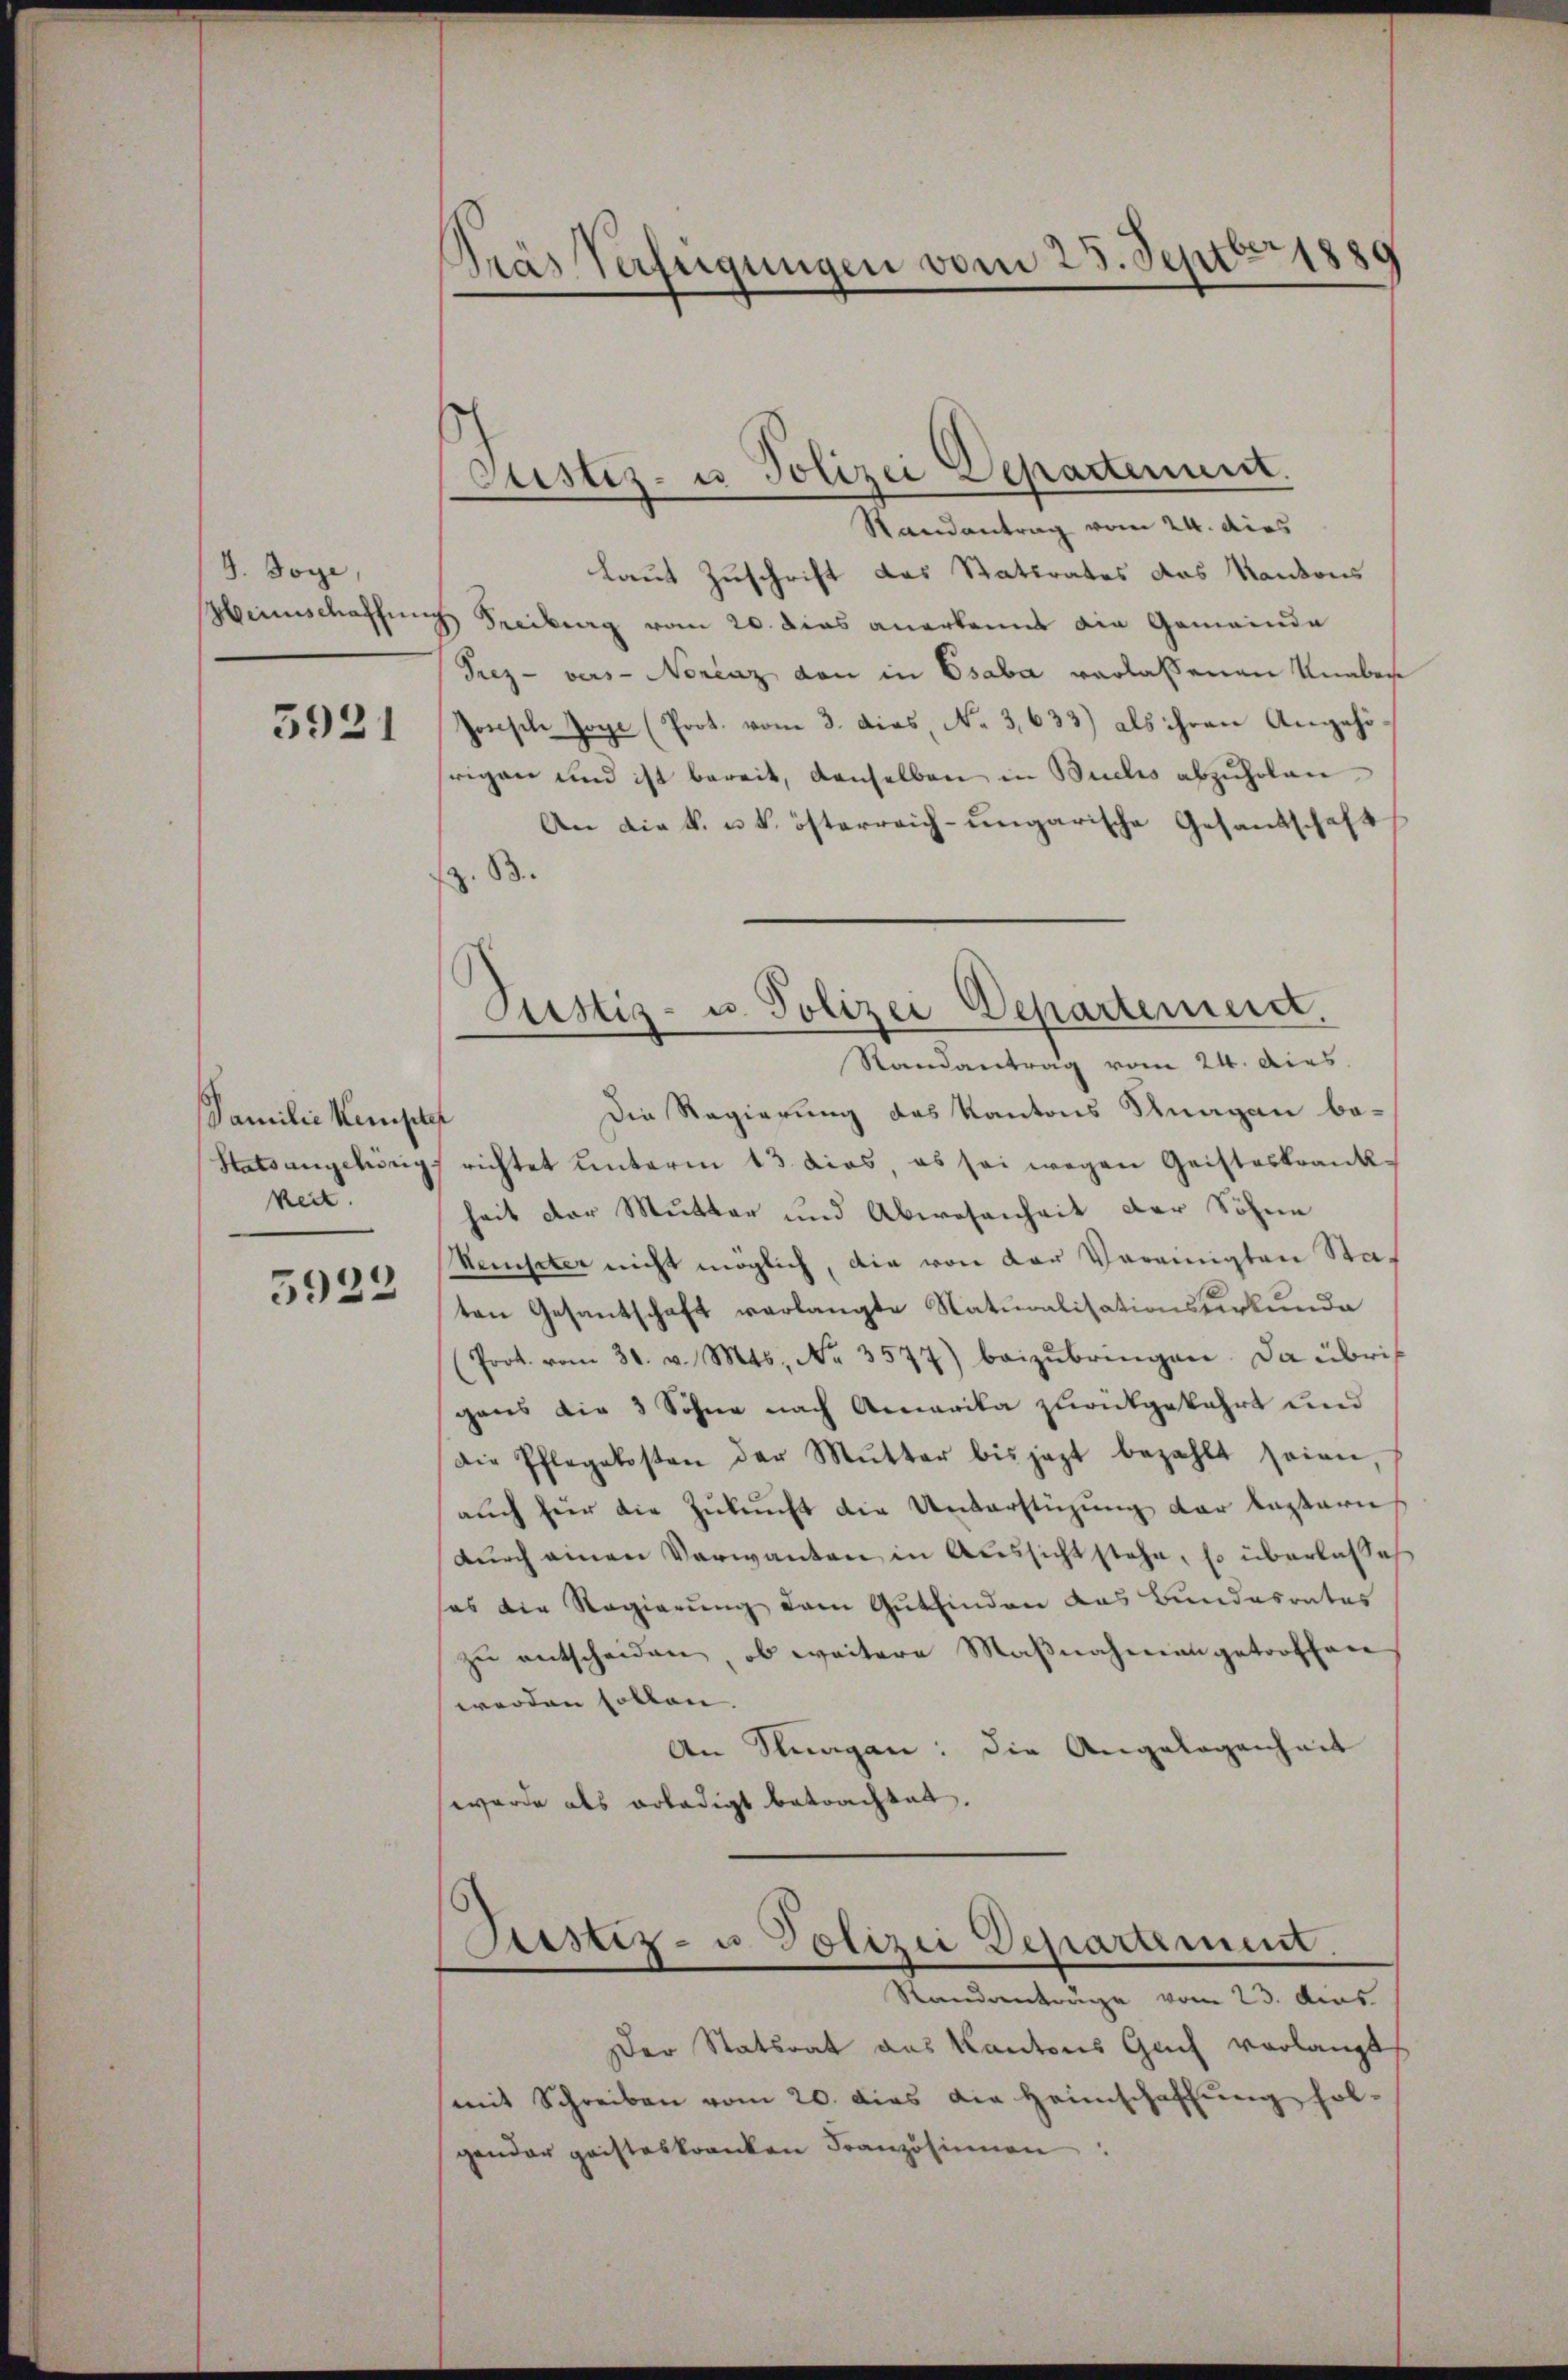
G. Joye,

3921

Familie Kempter
Statsangehörig
keit
5922

1889
Pras Verfügungen vom 23. Sept
.

Justiz- u Polizei Departement.

Randantrag vom 24. dies
Laut Zuschrift das Stattrates das Kantons
beinschaffung Freiburg vom 20. dies anerkannt die Gemeinde
Trez - vers- Norenz den in Osaba verlassenen Knaben
Jonische Zoye (Prot. vom 3. dies, No 3,633) als ihren Angehö
rigen und ist bereit, denselben in Buchs abzŭholen
An die k. u. k. österreich-ungarische Gesandschaft
z. B.
Die Regierung des Kantons Knagan be-
richtet unterm 13. dies, es sei wegen Geisteskrankheit der Mutter und Abwesenheit der Söhne
Kemster nicht möglich, die von der Vereinigten Staten Gesantschaft verlangte Naturalisationsurkunde
(Prot. vom 31. v. Mts., Nr. 3577) beizŭbringen. Da übris
gens die 3 Sohne nach Amerika zurückgekehrt und
Die Pflegekosten der Mŭtter bis jezt bezahlt seien.
aŭch für die Zŭkŭnft die Unterstüzung der Lasteri
dŭrch einen Verwanten in Aussicht stehe, so überlasse
sas die Regierung dem Gutfinden das Bundesrates
zu entscheiden, ob weitere Maßnahmen getroffen
werden sollen. |
An Stragen: die Angelegenheit
wurde als erledigt betrachtet.
Sistiz- u. Polizei Departement.
Randanträge vom 23. dies
Der Statsrat das Kantons Genf vorlangt
mit Schreiben vom 20. dies die Heimschaffŭng fol-
gender geisteskranken Französinnen

Justiz- u. Polizei Departemend.
Randantrag vom 24. dies